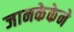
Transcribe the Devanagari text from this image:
जानकेकेने